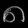
Digit: ၈